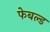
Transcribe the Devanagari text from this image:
फेबल्ड